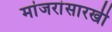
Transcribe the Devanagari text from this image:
मांजरांसारखी